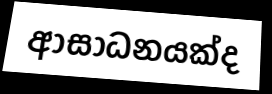
ආසාධනයක්ද